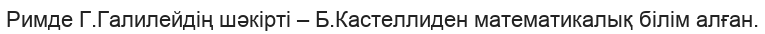
Римде Г.Галилейдің шәкірті – Б.Кастеллиден математикалық білім алған.